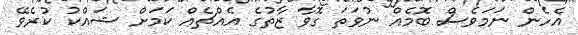
އެހެން ނަމަވެސް ބޮމެއް ނުވަތަ ގޮވާ ޒާތުގެ އެއްޗެއް ކަމަށް ޝައްކު ކުރެވޭ